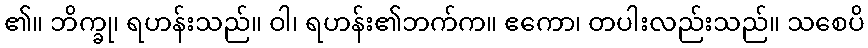
၏။ ဘိက္ခု၊ ရဟန်းသည်။ ဝါ၊ ရဟန်း၏ဘက်က။ ဧကော၊ တပါးလည်းသည်။ သစေပိ